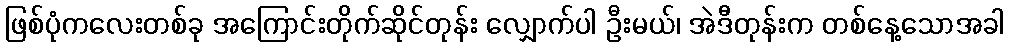
ဖြစ်ပုံကလေးတစ်ခု အကြောင်းတိုက်ဆိုင်တုန်း လျှောက်ပါ ဦးမယ်၊ အဲဒီတုန်းက တစ်နေ့သောအခါ